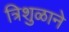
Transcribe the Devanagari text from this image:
त्रिशुळाने